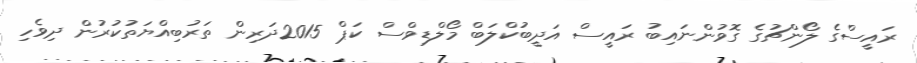
ރައީސްގެ ލޯންޗުގެ ގޮވުންނައިބު ރައީސް އަދީބުކްލަބް މޯލްޑިވްސް ކަޕް 2015ދަރިން ތަރުބިއްޔަތުކުރުން ދިވެހި